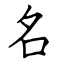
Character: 名